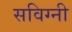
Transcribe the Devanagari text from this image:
सविग्नी